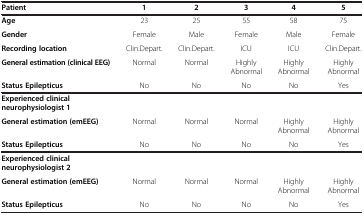
<table><thead><tr><td><b>Patient</b></td><td><b>1</b></td><td><b>2</b></td><td><b>3</b></td><td><b>4</b></td><td><b>5</b></td></tr></thead><tbody><tr><td><b>Age</b></td><td>23</td><td>25</td><td>55</td><td>58</td><td>75</td></tr><tr><td><b>Gender</b></td><td>Female</td><td>Male</td><td>Female</td><td>Male</td><td>Female</td></tr><tr><td><b>Recording location</b></td><td>Clin.Depart.</td><td>Clin.Depart.</td><td>ICU</td><td>ICU</td><td>Clin.Depart.</td></tr><tr><td><b>General estimation (clinical EEG)</b></td><td>Normal</td><td>Normal</td><td>Highly Abnormal</td><td>Highly Abnormal</td><td>Highly Abnormal</td></tr><tr><td><b>Status Epilepticus</b></td><td>No</td><td>No</td><td>No</td><td>No</td><td>Yes</td></tr><tr><td><b>Experienced clinical neurophysiologist 1</b></td><td> </td><td> </td><td> </td><td> </td><td> </td></tr><tr><td><b>General estimation (emEEG)</b></td><td>Normal</td><td>Normal</td><td>Normal</td><td>Highly Abnormal</td><td>Highly Abnormal</td></tr><tr><td><b>Status Epilepticus</b></td><td>No</td><td>No</td><td>No</td><td>No</td><td>Yes</td></tr><tr><td><b>Experienced clinical neurophysiologist 2</b></td><td> </td><td> </td><td> </td><td> </td><td> </td></tr><tr><td><b>General estimation (emEEG)</b></td><td>Normal</td><td>Normal</td><td>Normal</td><td>Highly Abnormal</td><td>Highly Abnormal</td></tr><tr><td><b>Status Epilepticus</b></td><td>No</td><td>No</td><td>No</td><td>No</td><td>Yes</td></tr></tbody></table>